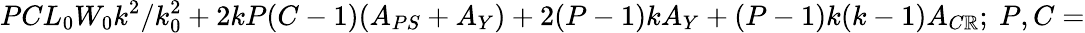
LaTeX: PCL_{0}W_{0}k^{2}/k_{0}^{2}+2kP(C-1)(A_{PS}+A_{Y})+2(P-1)kA_{Y}+(P-1)k(k-1)A_{C\mathbb{R}};~P,C=